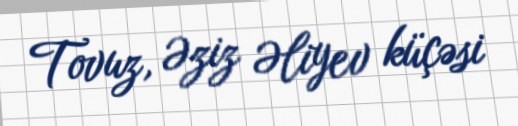
Tovuz, Əziz Əliyev küçəsi